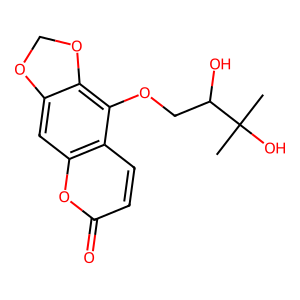
SMILES: CC(C)(O)C(O)COc1c2c(cc3oc(=O)ccc13)OCO2
Inhibits HIV replication: No